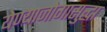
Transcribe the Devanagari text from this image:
येण्याजोगासुद्धा